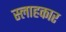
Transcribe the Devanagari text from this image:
स्लाहकार